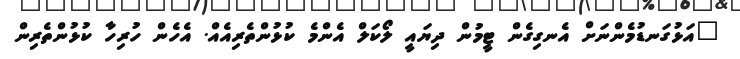
"އަޅުގަނޑުމެންނަށް އެނގިގެން ޓީމުން ދިޔައީ ލޯކަލް އެންމެ ކުޅުންތެރިއެއް. އެހެން ހުރިހާ ކުޅުންތެރިން